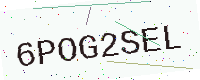
Text: 6POG2SEL